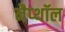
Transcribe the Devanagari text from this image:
नैप्थॉल